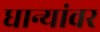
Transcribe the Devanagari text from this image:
धान्यांवर